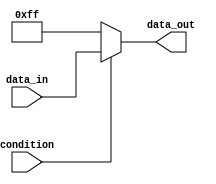
module if_else_statement(
  input wire condition,
  input wire [7:0] data_in,
  output reg [7:0] data_out
);

always @(*) begin
  if (~condition) begin
    // statements to execute if condition is false
    data_out <= 8'b11111111; // example assignment
  end else begin
    // statements to execute if condition is true
    data_out <= data_in; // example assignment
  end
end

endmodule